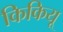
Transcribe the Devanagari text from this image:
किकियू